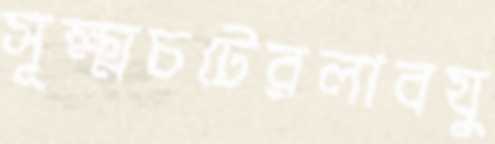
সূক্ষ্মচটেরলাবযু